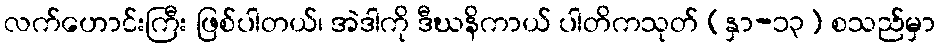
လက်ဟောင်းကြီး ဖြစ်ပါတယ်၊ အဲဒါကို ဒီဃနိကာယ် ပါတိကသုတ် (နှာ-၁၃) စသည်မှာ